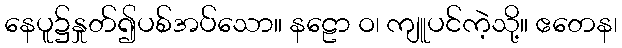
နေပူ၌နှုတ်၍ပစ်အပ်သော။ နဠော ဝ၊ ကျူပင်ကဲ့သို့။ ဧတေန၊